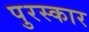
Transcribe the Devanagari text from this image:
पुरस्कार